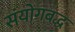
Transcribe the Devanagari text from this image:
संयोगबद्ध